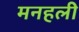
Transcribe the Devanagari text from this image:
मनहली